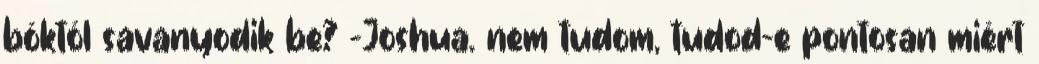
bóktól savanyodik be? -Joshua. nem tudom, tudod-e pontosan miért